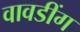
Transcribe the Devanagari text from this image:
वावडींग